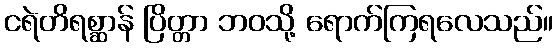
ငရဲတိရစ္ဆာန် ပြိတ္တာ ဘဝသို့ ရောက်ကြရလေသည်။